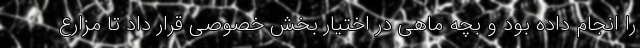
را انجام داده بود و بچه ماهی در اختیار بخش خصوصی قرار داد تا مزارع